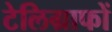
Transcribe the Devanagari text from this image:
टेलिग्राफों